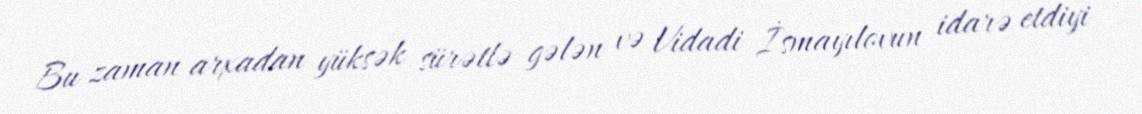
Bu zaman arxadan yüksək sürətlə gələn və Vidadi İsmayılovun idarə etdiyi